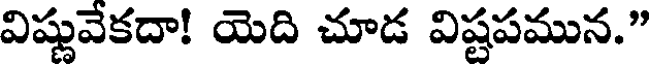
విష్ణువేకదా! యెది చూడ విష్టపమున."